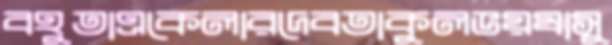
বহুতাএকেলারদেবতাকুলভয়ষাসু